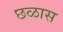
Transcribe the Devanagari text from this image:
छळास